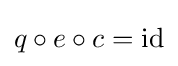
q\circ e\circ c=\operatorname {id}